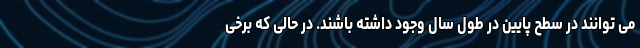
می توانند در سطح پایین در طول سال وجود داشته باشند. در حالی که برخی